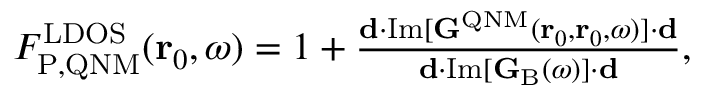
\begin{array} { r } { F _ { \mathrm { P , Q N M } } ^ { \mathrm { L D O S } } ( \mathbf { r } _ { 0 } , \omega ) = 1 + \frac { \mathbf { d } \cdot \mathrm { I m } [ \mathbf { G } ^ { \mathrm { Q N M } } ( \mathbf { r } _ { 0 } , \mathbf { r } _ { 0 } , \omega ) ] \cdot \mathbf { d } } { \mathbf { d } \cdot \mathrm { I m } [ \mathbf { G } _ { \mathrm { B } } ( \omega ) ] \cdot \mathbf { d } } , } \end{array}